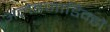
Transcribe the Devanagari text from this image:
अलेइजाडिन्हों